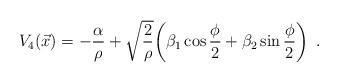
LaTeX: \begin{align*}V_4(\vec x)=-{\alpha\over\rho}+\sqrt{2\over\rho} \bigg(\beta_1\cos{\phi\over2}+\beta_2\sin{\phi\over2}\bigg)\enspace.\end{align*}